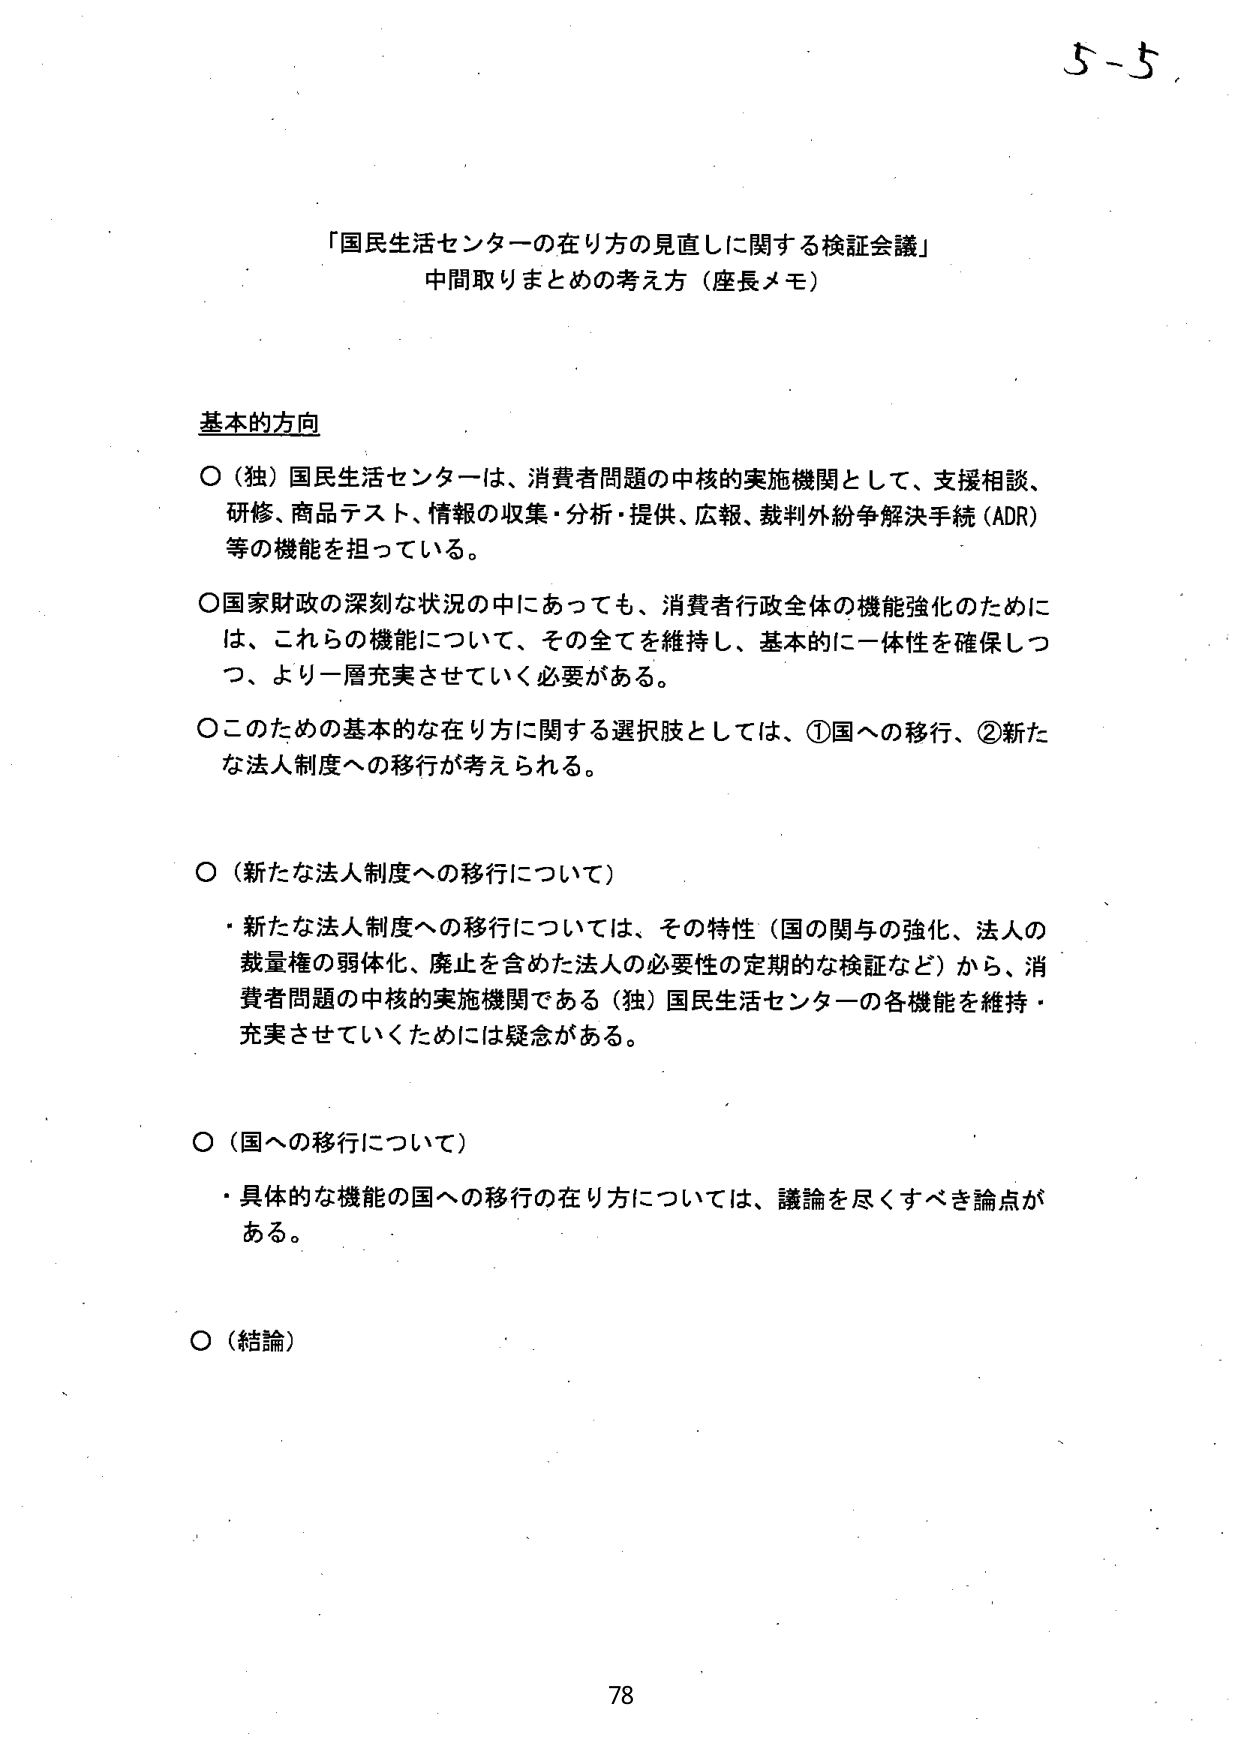
「国民生活センターの在り方の見直しに関する検証会議」
中間取りまとめの考え方（座長メモ）

基本的方向

○（独）国民生活センターは、消費者問題の中核的実施機関として、支援相談、研修、商品テスト、情報の収集・分析・提供、広報、裁判外紛争解決手続（ADR）等の機能を担っている。

○国家財政の深刻な状況の中にあっても、消費者行政全体の機能強化のために、これらの機能について、その全てを維持し、基本的に一体性を確保しつつ、より一層充実させていく必要がある。

○このための基本的な在り方に関する選択肢としては、①国への移行、②新たな法人制度への移行が考えられる。

○（新たな法人制度への移行について）
・新たな法人制度への移行については、その特性（国の関与の強化、法人の裁量権の弱体化、廃止を含めた法人の必要性の定期的な検証など）から、消費者問題の中核的実施機関である（独）国民生活センターの各機能を維持・充実させていくためには疑念がある。

○（国への移行について）
・具体的な機能の国への移行の在り方については、議論を尽くすべき論点がある。

○（結論）

78
5-5